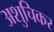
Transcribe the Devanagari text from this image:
अशुचिकर